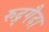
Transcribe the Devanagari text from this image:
रुद्र्गैदा